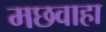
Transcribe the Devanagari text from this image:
मछवाहा